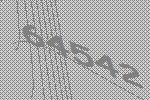
64542